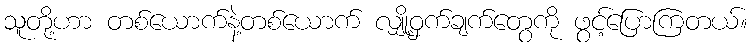
သူတို့ဟာ တစ်ယောက်နဲ့တစ်ယောက် လျှို့ဝှက်ချက်တွေကို ဖွင့်ပြောကြတယ်။